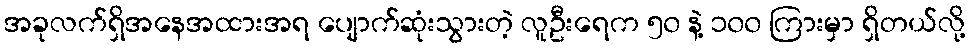
အခုလက်ရှိအနေအထားအရ ပျောက်ဆုံးသွားတဲ့ လူဦးရေက ၅၀ နဲ့ ၁၀၀ ကြားမှာ ရှိတယ်လို့